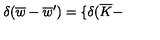
\delta ( \overline { { w } } - \overline { { w } } ^ { \prime } ) = \{ \delta ( \overline { { K } } -